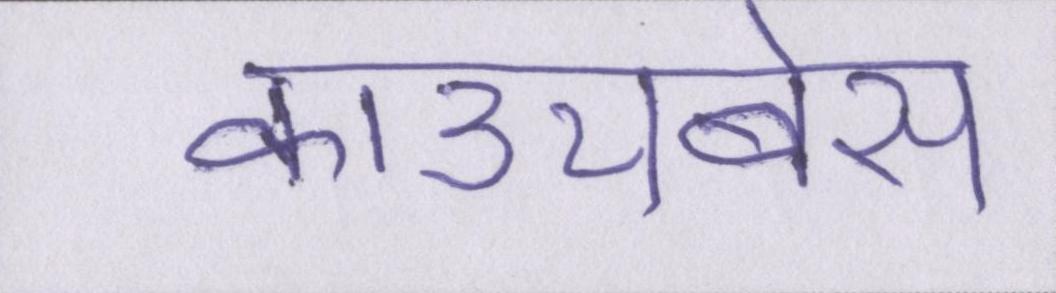
काउचबेस